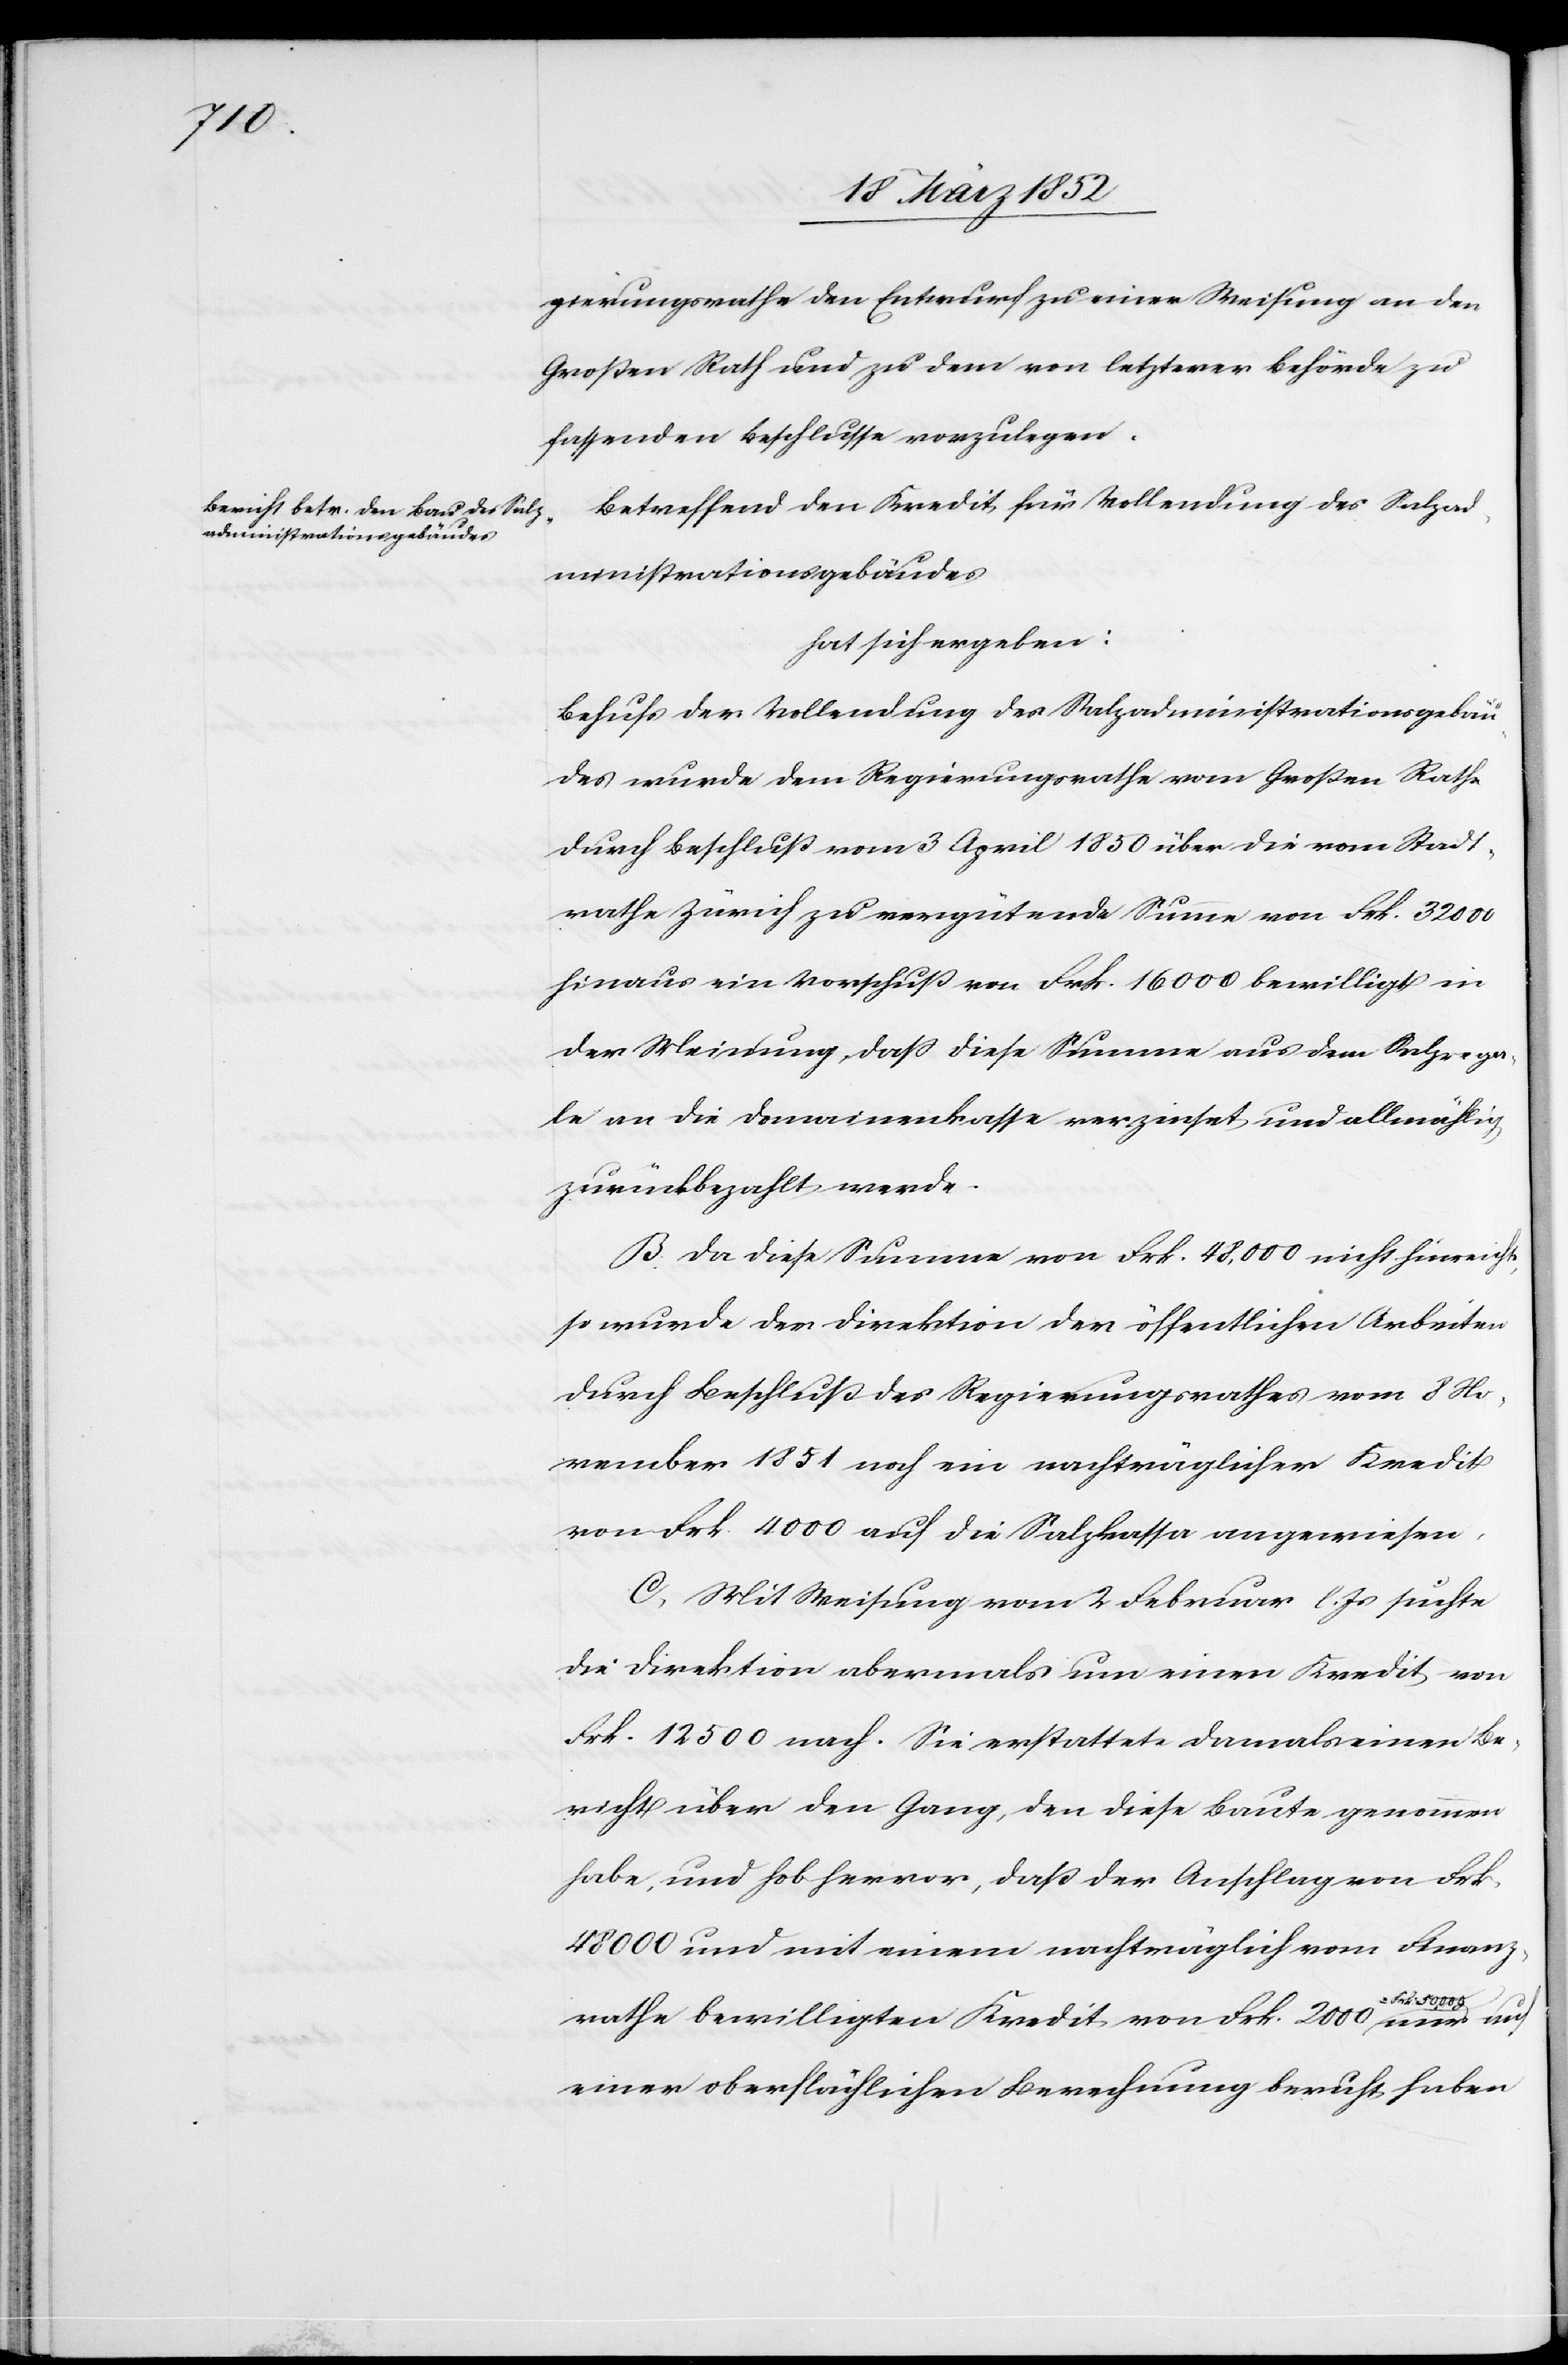
gierungsrathe den Entwurf zu einer Weisung an den
Großen Rath und zu dem von letzterer Behörde zu
fassenden Beschlusse vorzulegen.
Betreffend den Kredit für Vollendung des Salzad¬
ministrationsgebäudes
hat sich ergeben:
Behufs der Vollendung des Salzadministrationsgebäu¬
des wurde dem Regierungsrathe vom Großen Rathe
durch Beschluß vom 3 April 1850 über die vom Stadt¬
rathe Zürich zu vergütende Summe von Frk. 32000
hinaus ein Vorschuß von Frk.16000 bewilligt in
der Meinung, daß diese Summe aus dem Salzrega¬
le an die Domainenkasse verzinset und allmählig
zurückbezahlt werde.
B. Da diese Summe von Frk. 48,000 nicht hinreiche,
so wurde der Direktion der öffentlichen Arbeiten
durch Beschluß des Regierungsrathes vom 8 No¬
vember 1851 noch ein nachträglicher Kredit
von Frk. 4000 auf die Salzkasse angewiesen.
C. Mit Weisung vom 2 Februar l. Js suchte
die Direktion abermals um einen Kredit von
Frk. 12 500 nach. Sie erstattete damals einen Be¬
richt über den Gang, den diese Baute genommen
habe, und hob hervor, daß der Anschlag von Frk.
48 000 und mit einem nachträglich vom Finanz¬
rathe bewilligten Kredit von Frk. 2000–Frk.
einer oberflächlichen Bemerkung beruht haben